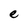
Character: e